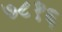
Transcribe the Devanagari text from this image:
७८१६